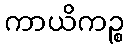
ကာယိကဉ္စ